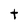
Character: t